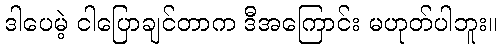
ဒါပေမဲ့ ငါပြောချင်တာက ဒီအကြောင်း မဟုတ်ပါဘူး။